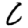
Digit: 6